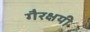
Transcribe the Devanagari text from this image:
गैरक्षयी